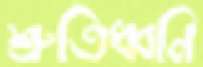
শ্রুতিধ্বনি